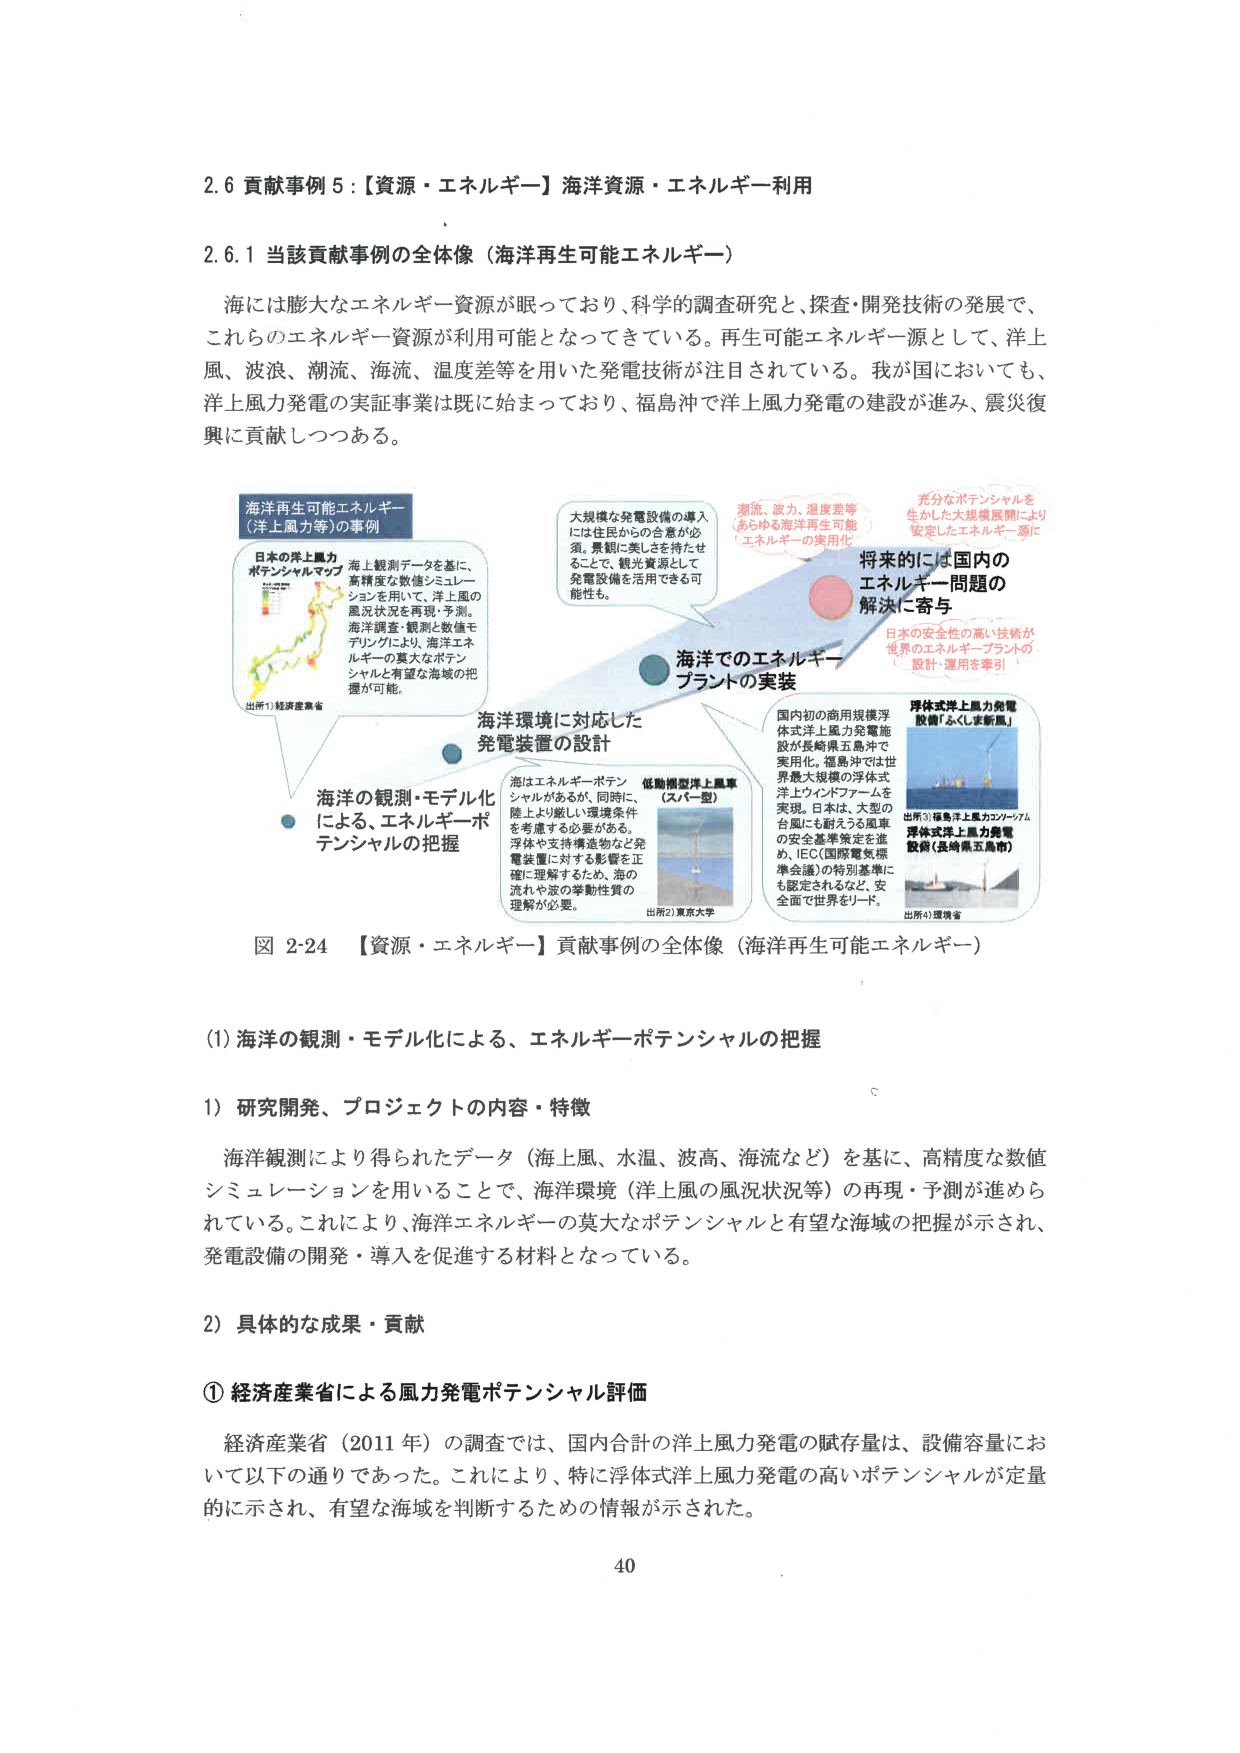
2.6 貢献事例5：【資源・エネルギー】海洋資源・エネルギー利用

2.6.1 当該貢献事例の全体像（海洋再生可能エネルギー）

海には膨大なエネルギー資源が眠っており、科学的調査研究と、探査・開発技術の発展で、これらのエネルギー資源が利用可能となってきている。再生可能エネルギー源として、洋上風、波浪、潮流、海流、温度差等を用いた発電技術が注目されている。我が国においても、洋上風力発電の実証事業は既に始まっており、福島沖で洋上風力発電の建設が進み、震災復興に貢献しつつある。

海洋再生可能エネルギー
（洋上風力等）の事例

日本の洋上風力
ポテンシャルマップ
（出所1）経済産業省

海上観測データを基に、
高精度な数値シミュレーションを用いて、洋上風の風況状況を再現・予測。
海洋調査・観測と数値モデリングにより、海洋エネルギーの莫大なポテンシャルと有望な海域の把握が可能。

大規模な発電設備の導入には住民からの合意が必須。景観に美しさを持たせることで、観光資源として発電設備を活用できる可能性も。

潮流、波力、温度差等
あらゆる海洋再生可能
エネルギーの実用化

将来的には国内の
エネルギー問題の
解決に寄与

日本の安全性の高い技術が
世界のエネルギー・プラントの
設計・運用を牽引

海洋環境に対応した
発電装置の設計

海洋の観測・モデル化
による、エネルギー・ポテンシャルの把握

海はエネルギー・ポテンシャルがあるが、同時に、陸上より厳しい環境条件を考慮する必要がある。浮体や支持構造物など発電装置に対する影響を正確に理解するため、海の流れや波の挙動性質の理解が必要。

低動揺型洋上風車
（スパーカ型）
（出所2）東京大学

海洋でのエネルギー
プラントの実装

国内初の商用規模浮体式洋上風力発電施設が長崎県五島沖で実用化。徳島沖では世界最大規模の浮体式洋上ウインドファームを実現。日本は、大型の台風にも耐えうる風車の安全基準策定を進め、IEC（国際電気標準会議）の特別基準にも認定されるなど、安全面で世界をリード。

浮体式洋上風力発電
設備「ふくしま新風」
（出所3）福島洋上風力コンソーシアム
浮体式洋上風力発電
設備（長崎県五島市）
（出所4）環境省

図 2-24 【資源・エネルギー】貢献事例の全体像（海洋再生可能エネルギー）

(1) 海洋の観測・モデル化による、エネルギー・ポテンシャルの把握

1) 研究開発、プロジェクトの内容・特徴

海洋観測により得られたデータ（海上風、水温、波高、海流など）を基に、高精度な数値シミュレーションを用いることで、海洋環境（洋上風の風況状況等）の再現・予測が進められている。これにより、海洋エネルギーの莫大なポテンシャルと有望な海域の把握が示され、発電設備の開発・導入を促進する材料となっている。

2) 具体的な成果・貢献

① 経済産業省による風力発電ポテンシャル評価

経済産業省（2011年）の調査では、国内合計の洋上風力発電の賦存量は、設備容量において以下の通りであった。これにより、特に浮体式洋上風力発電の高いポテンシャルが定量的に示され、有望な海域を判断するための情報が示された。

40